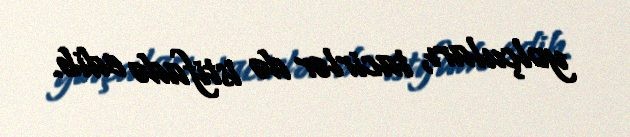
yolçuları, tacirlər də istifadə edib.